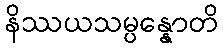
နိဿယသမ္ပန္နောတိ